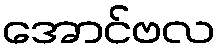
အောင်ဗလ